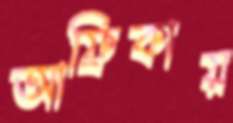
আফ্রিকায়